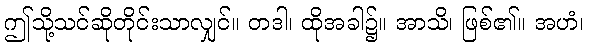
ဤသို့သင်ဆိုတိုင်းသာလျှင်။ တဒါ၊ ထိုအခါ၌။ အာသိ၊ ဖြစ်၏။ အဟံ၊